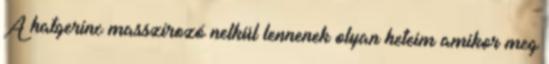
A hatgerinc masszirozó nelkül lennenek olyan heteim amikor meg